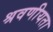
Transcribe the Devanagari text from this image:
श्रवणीयता